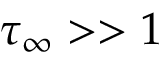
\tau _ { \infty } > > 1